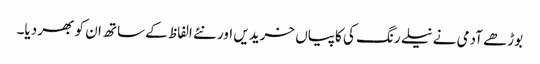
بوڑھے آدمی نے نیلے رنگ کی کاپیاں خریدیں اور نئے الفاظ کے ساتھ ان کو بھر دیا۔